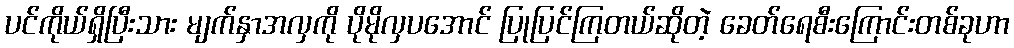
ပင်ကိုယ်ရှိပြီးသား မျက်နှာအလှကို ပိုမိုလှပအောင် ပြုပြင်ကြတယ်ဆိုတဲ့ ခေတ်ရေစီးကြောင်းတစ်ခုဟာ